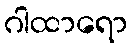
ဂါထာရော